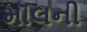
મૉલની